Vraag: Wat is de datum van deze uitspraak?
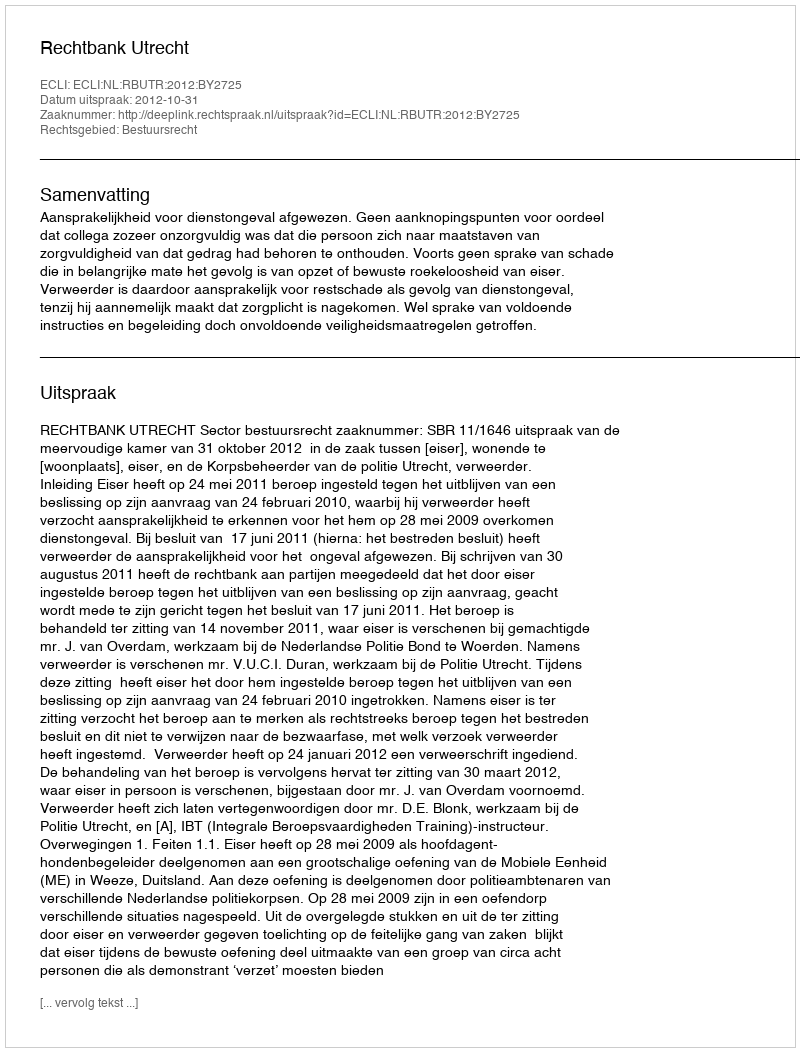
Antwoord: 2012-10-31